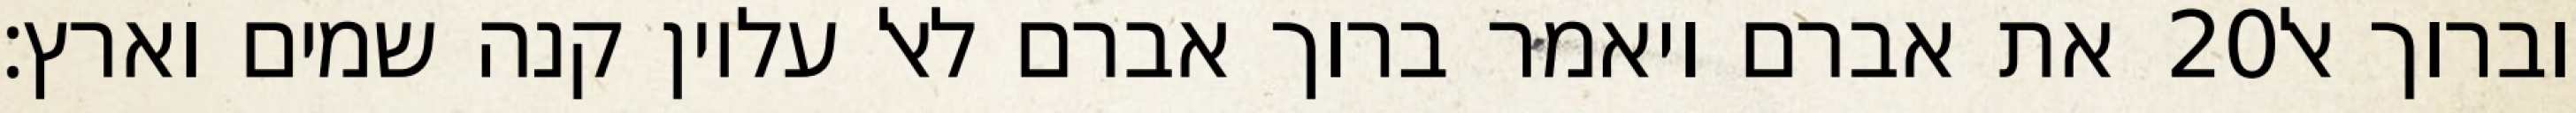
את אברם ויאמר ברוך אברם לאל עליון קנה שמים וארץ׃ ‎20‏ וברוך אל